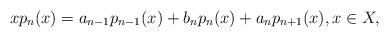
LaTeX: \begin{align*}xp_n(x)=a_{n-1}p_{n-1}(x)+b_{n}p_n(x)+a_{n}p_{n+1}(x),x\in X,\end{align*}